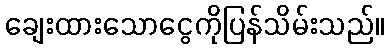
ချေးထားသောငွေကိုပြန်သိမ်းသည်။